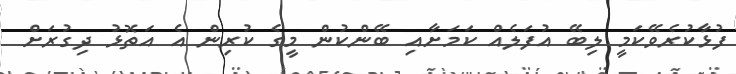
ފުޅާކުރެވޭކަމީ ލިބޭ އުފަލެއް ކަމަށާއި ބޭންކުން މީގެ ކުރިން އެ އަތޮޅު ދިގުރަށް